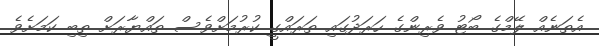
އެތަނެއް ލޭމްގެ ބޯޓު ވެރިންގެ ހަރަދުގައިި ތަރައްގީ ކުރުމަށްވެސް ތައްޔާރަށް ތިބި ކަމަށެވެ.